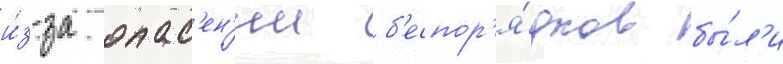
и́з-за опас'ен'ии б'еспор'я́дков бы́л'и